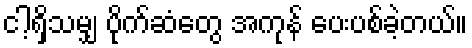
ငါ့ရှိသမျှ ပိုက်ဆံတွေ အကုန် ပေးပစ်ခဲ့တယ်။